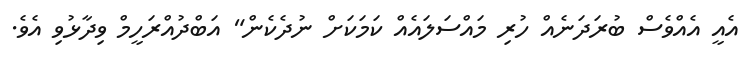
އެއީ އެއްވެސް ބުރަދަނެއް ހުރި މައްސަލައެއް ކަމަކަށް ނުދެކެން" އަބްދުއްރަހީމް ވިދާޅުވި އެވެ.